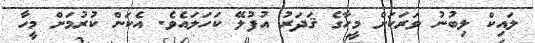
ލައިކް ލިބުނު ވަރަކަށް މީހާގެ ޤަދަރު އުފުލޭ ކަހަލައެވެ. އެކަން ކުރުމަށް މީހާ